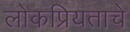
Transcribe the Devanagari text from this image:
लोकप्रियताचे